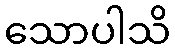
သောပါသိ